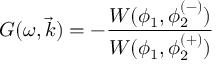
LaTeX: G ( \omega , \vec { k } ) = - \frac { W ( \phi _ { 1 } , \phi _ { 2 } ^ { ( - ) } ) } { W ( \phi _ { 1 } , \phi _ { 2 } ^ { ( + ) } ) }